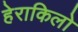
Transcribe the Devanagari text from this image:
हेराकिलो